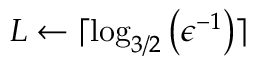
L \gets \lceil \log _ { 3 / 2 } \left( \epsilon ^ { - 1 } \right) \rceil